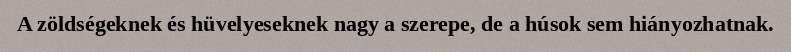
A zöldségeknek és hüvelyeseknek nagy a szerepe, de a húsok sem hiányozhatnak.